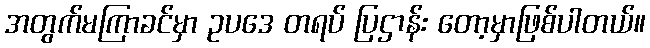
အတွက်မကြာခင်မှာ ဥပဒေ တရပ် ပြဌာန်း တော့မှာဖြစ်ပါတယ်။